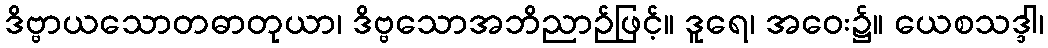
ဒိဗ္ဗာယသောတဓာတုယာ၊ ဒိဗ္ဗသောအဘိညာဉ်ဖြင့်။ ဒူရေ၊ အဝေး၌။ ယေစသဒ္ဒါ၊